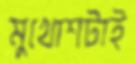
মুখোশটাই